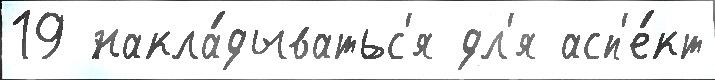
19 накла́дыватьс'я дл'я асп'е́кт